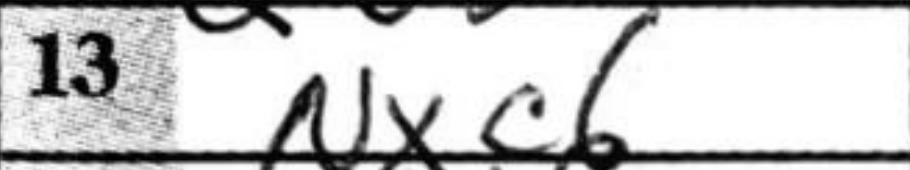
Transcription: Nxc6